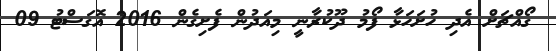
ގޯއްޗަށް އެދި ހުށަހަޅާ ފޯމު ދޫކުރާނީ މިއަދުން ފެށިގެން 2016 އޮގަސްޓު 09